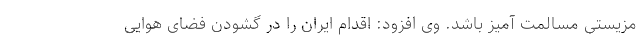
مزیستی مسالمت آمیز باشد. وی افزود: اقدام ایران را در گشودن فضای هوایی